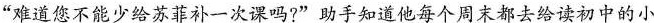
”难道您不能少给苏菲补一次课吗?”助手知道他每个周末都去给读初中的小